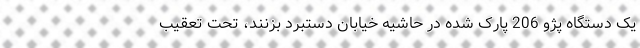
یک دستگاه پژو 206 پارک شده در حاشیه خیابان دستبرد بزنند، تحت تعقیب